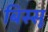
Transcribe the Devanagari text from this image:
बिस्सू